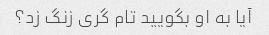
آیا به او بگویید تام گری زنگ زد؟